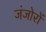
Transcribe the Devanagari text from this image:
जंजोरों